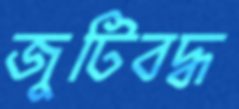
জুটিবদ্ধ